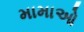
મામાઓ